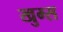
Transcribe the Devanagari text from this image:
खुम्स